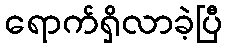
ရောက်ရှိလာခဲ့ပြီ